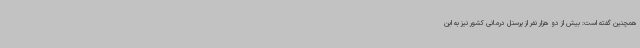
همچنین گفته است: بیش از دو هزار نفر از پرسنل درمانی کشور نیز به این